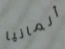
ألمانيا